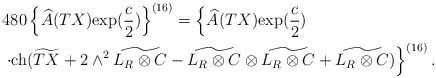
LaTeX: \begin{align*}&480\left\{\widehat{A}(TX){\rm exp}(\frac{c}{2})\right\}^{(16)}=\left\{\widehat{A}(TX){\rm exp}(\frac{c}{2})\right.\\&\left.\cdot{\rm ch}(\widetilde{TX}+2\wedge^2\widetilde{L_R\otimes C}-\widetilde{L_R\otimes C}\otimes \widetilde{L_R\otimes C}+\widetilde{L_R\otimes C})\right\}^{(16)}.\end{align*}